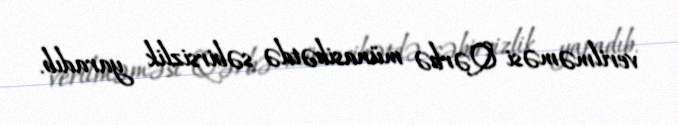
verilməməsi Qərbə münasibətdə səbirsizlik yaradıb.